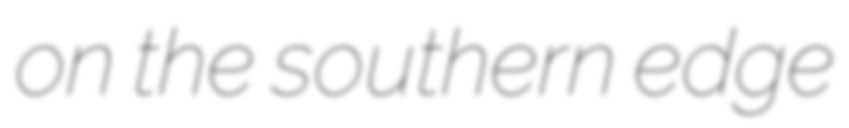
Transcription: on the southern edge